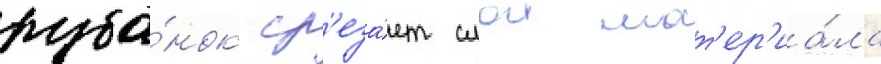
руба́нок ср'еза́ет слои мат'ер'иа́ла